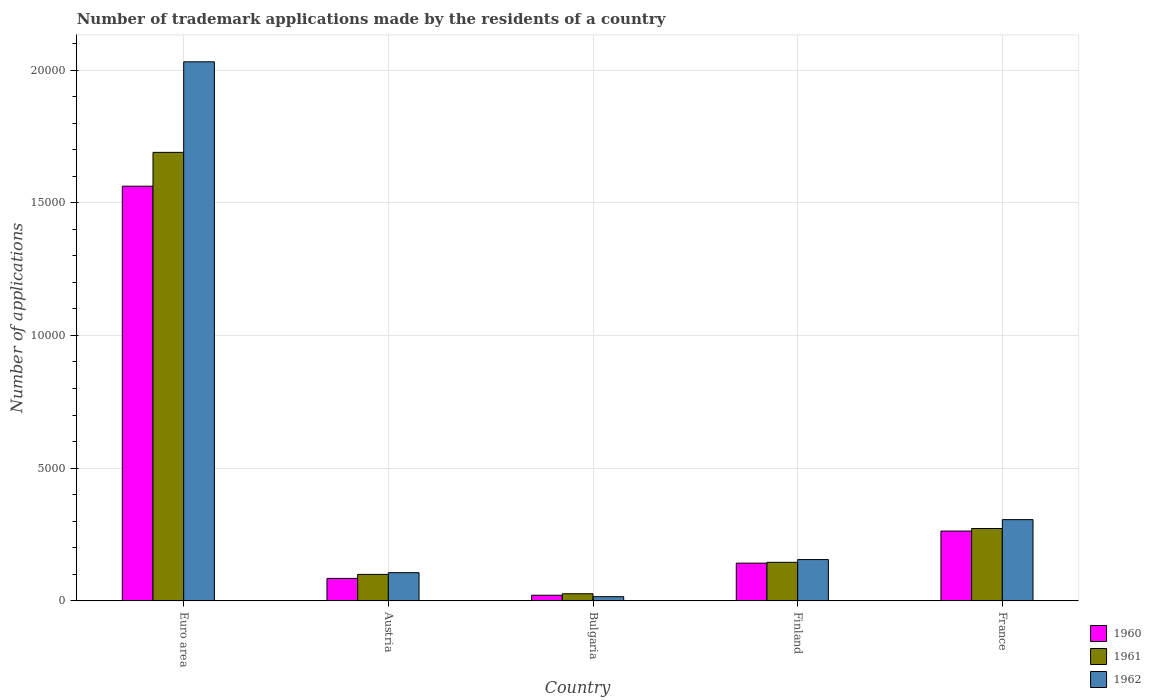
| Country | 1960 | 1961 | 1962 |
 | --- | --- | --- | --- |
 | Euro area | 1.56e+04 | 1.69e+04 | 2.03e+04 |
 | Austria | 845 | 997 | 1.06e+03 |
 | Bulgaria | 211 | 267 | 157 |
 | Finland | 1.42e+03 | 1.45e+03 | 1.56e+03 |
 | France | 2.63e+03 | 2.73e+03 | 3.06e+03 |